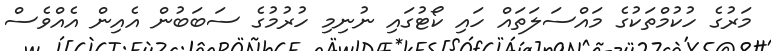
މަރުގެ ހުކުމްތަކުގެ މައްސަލަތައް ހައި ކޯޓުގައި ނުނިމި ހުރުމުގެ ސަބަބުން އެއިން އެއްވެސް